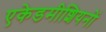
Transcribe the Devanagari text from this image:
एकेडमीशियनों